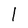
Character: l